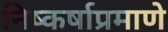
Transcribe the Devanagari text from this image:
निष्कर्षाप्रमाणे